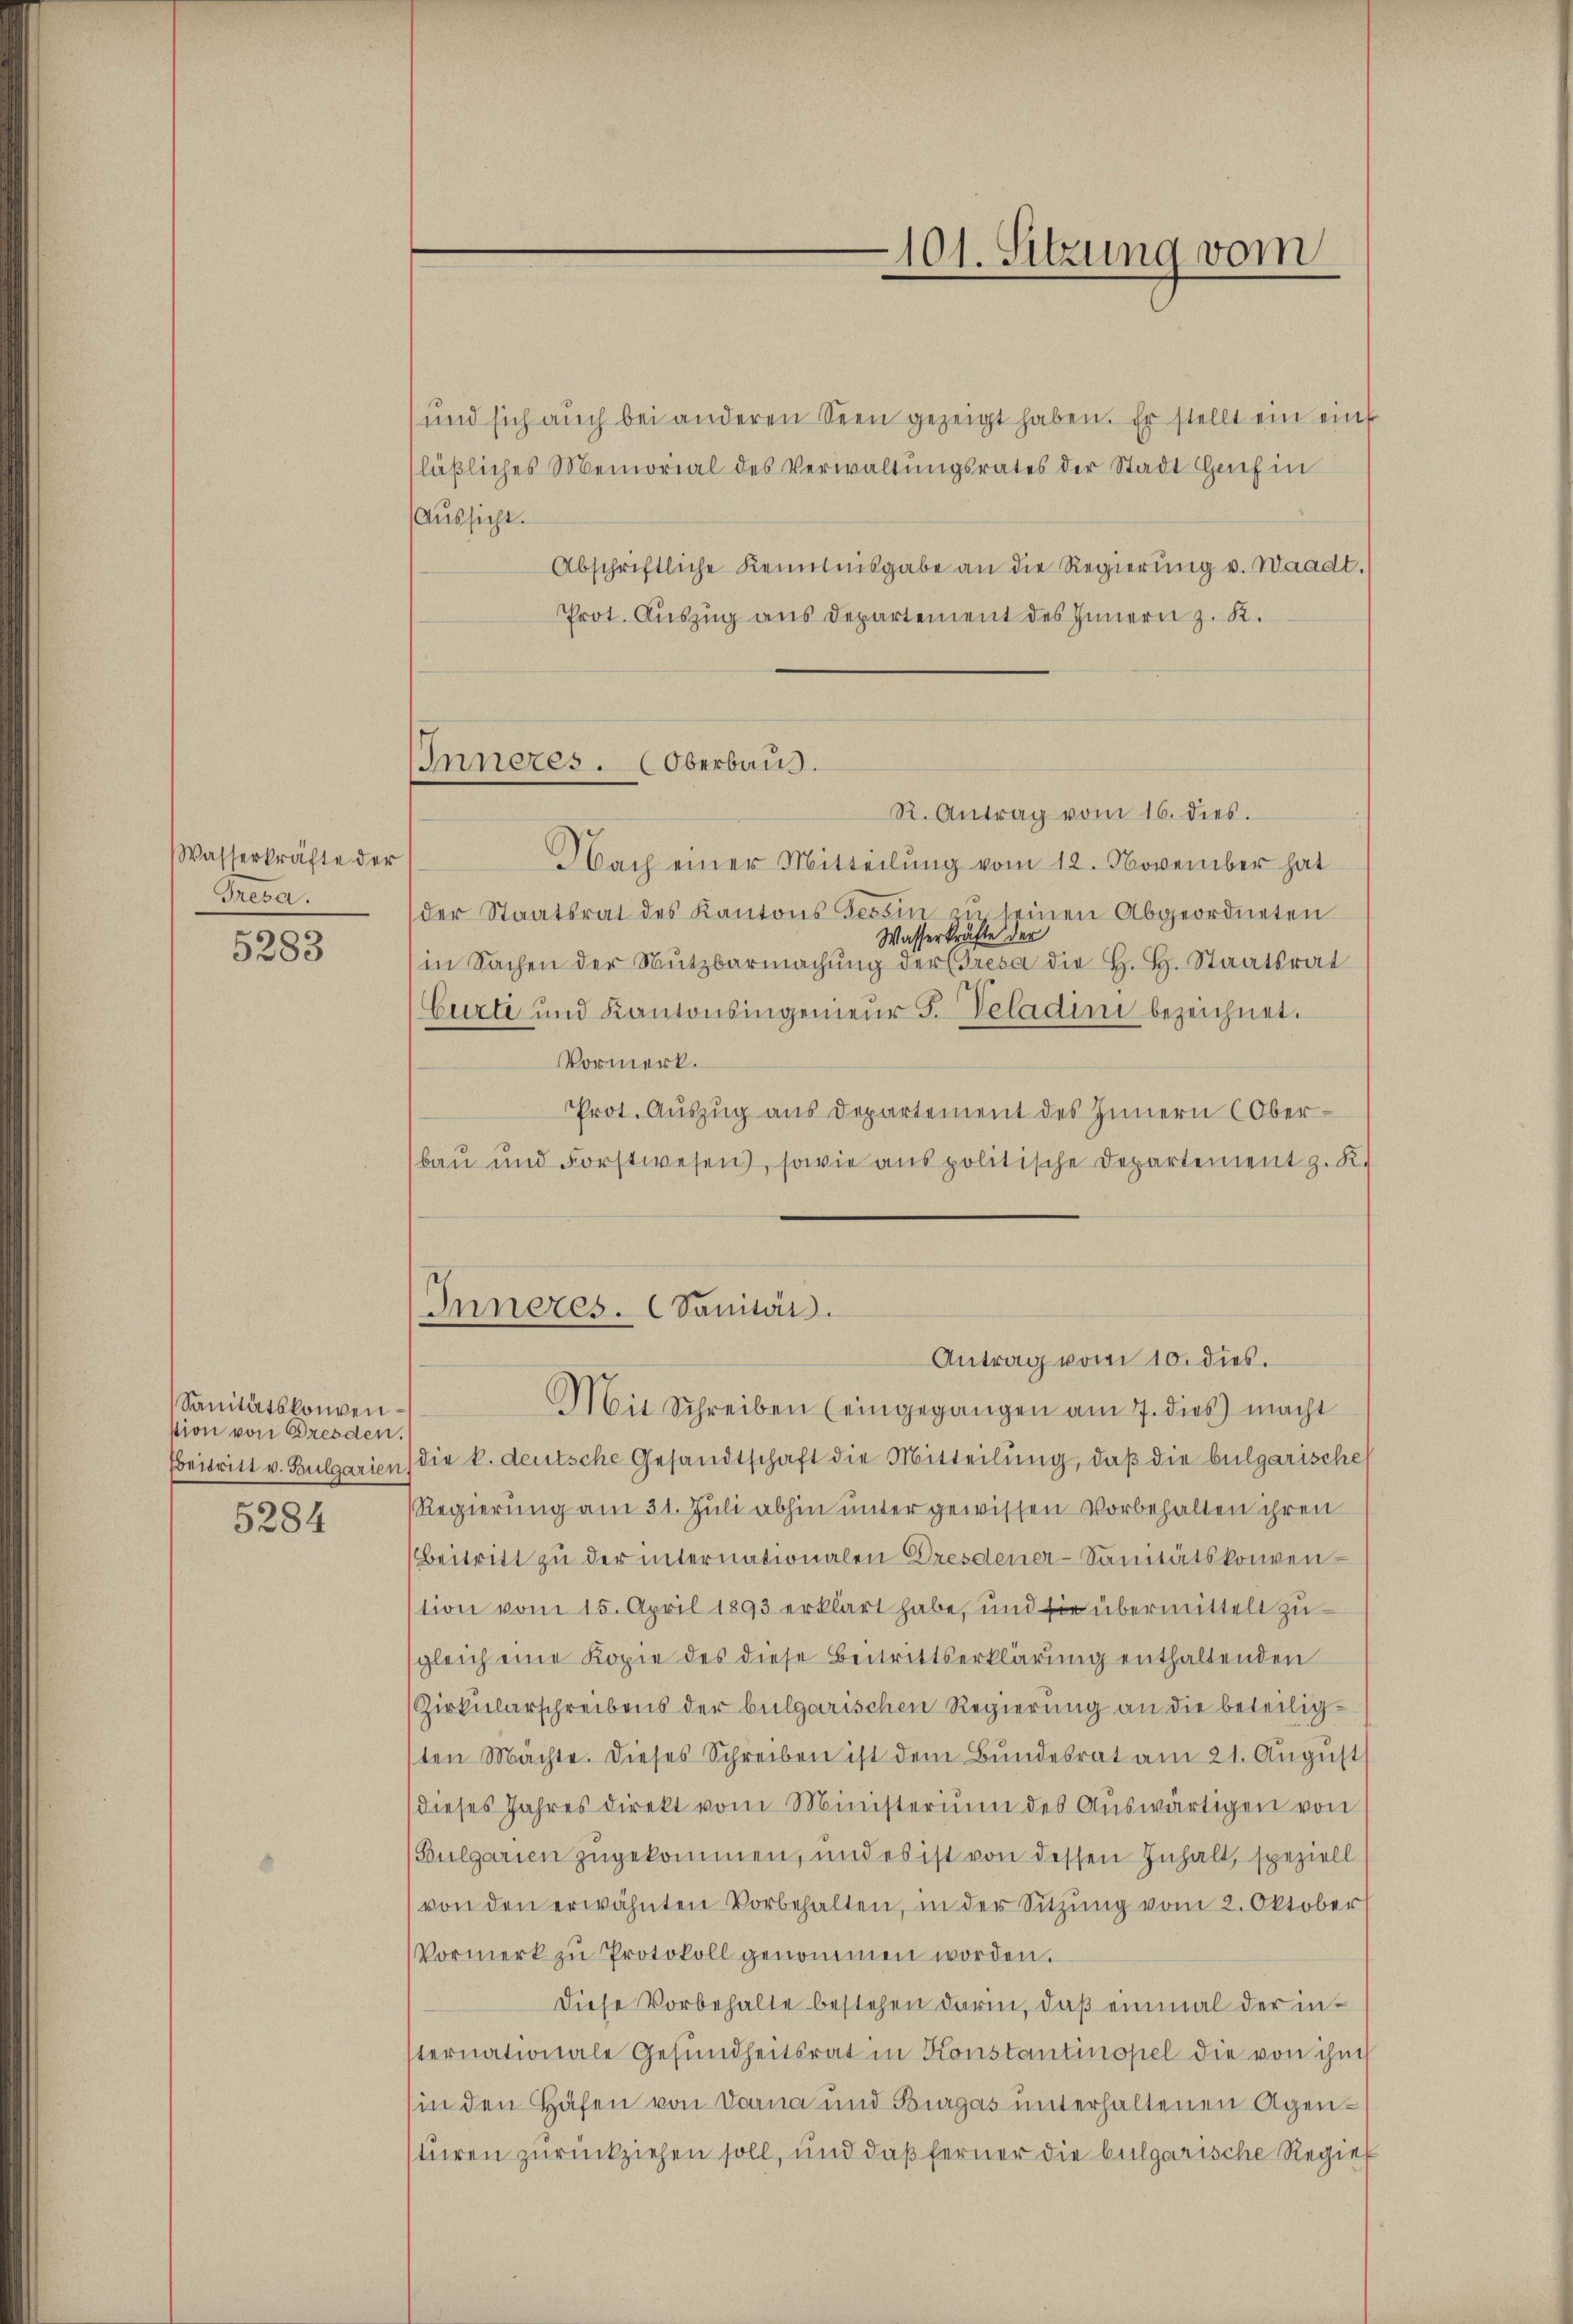
Wasserkräfte der
Preca.

5283

Sanitätskonvenstion von Dresden.

5284

Inneres. (Oberbaus.

101. Sitzung vom

und sich aŭch bei anderen Seen gezeigt haben. Er stellt ein einf
läßliches Memorial des Verwaltungsrates der Stadt Genf in
Aussicht.
Abschriftliche Kenntnisgabe an die Regierŭng v. Waadt.
Prot. Auszug aus Departement des Innern z. K.
R. Antrag vom 16. dies
Nach einer Mitteilung vom 12. November hat
der Staatsrat des Kantons Tessin zŭ seinen Abgeordneten
Wasserkräfte der
in Sachen der Nutzbarmachŭng der Tresa die H. H. Staatsrat
Curti und Kantonsingenieŭr F. Veladini bezeichnet.
Vormerk.
Prot. Auszug aus Departement des Innern (Oberbau und Forstwesen, sowie aus politische Departement z. K.
Inneres. (Sanität.

Ebeitritt v. Bulgarien) die k. deutsche Gesandtschaft die Mitteilung, daß die bulgarische
Regierung am 31. Juli abhin unter gewissen Vorbehalten ihren
Beitritt zu der internationalen Dresdener-Sanitätskonvenstion vom 15. April 1893 erklärt habe, und sie übermittelt zugleich eine Kopie des diese Beitrittserklärŭng enthaltenden
Zirkularschreibens der bulgarischen Regierung an die beteiligsten Machte. Dieses Schreiben ist dem Bundesrat am 21. Aŭgŭst
(dieses Jahres direkt vom Ministerium des Auswärtigen von
(Bulgarien zugekommen, und es ist von dessen Inhalt, speziell
von den erwähnten Vorbehalten, in der Sitzŭng vom 2. Oktober
Vormerk zŭ Protokoll genommen worden.
Diese Vorbehalte bestehen darin, daß einmal der insternationale Gesundheitsrat in Konstantinopel die von ihm
in den Häfen von Donna und Bürgas unterhaltenen Agenstüren zurückziehen soll, und daß ferner die bulgarische Regier

Antrag vom 10. dies.
Mit Schreiben (eingegangen am 7. dies macht